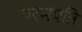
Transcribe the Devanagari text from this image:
परमपति